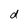
Character: d